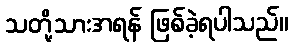
သတို့သားအရန် ဖြစ်ခဲ့ရပါသည်။